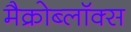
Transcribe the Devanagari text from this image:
मैक्रोब्लॉक्स